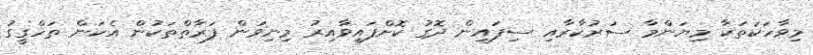
މިވާހަކަތަކާ މިޔަންމާ ސަރުކާރާއި ސިފައިން ދޮގު ކޮށްފައިވާއިރު މިނިވަން ފަރާތްތަކުން އެކަން ތަހްގީގު